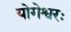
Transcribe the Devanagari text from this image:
योगेश्वरः